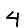
Digit: 4